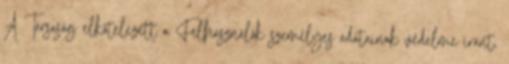
A Társaság elkötelezett a Felhasználók személyes adatainak védelme iránt,